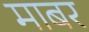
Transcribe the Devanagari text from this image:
माबर